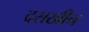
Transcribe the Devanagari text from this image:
दसखीन